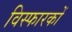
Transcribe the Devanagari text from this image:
विस्फारकों